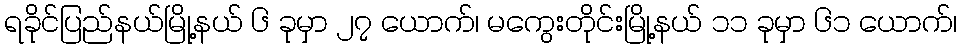
ရခိုင်ပြည်နယ်မြို့နယ် ၆ ခုမှာ ၂၇ ယောက်၊ မကွေးတိုင်းမြို့နယ် ၁၁ ခုမှာ ၆၁ ယောက်၊